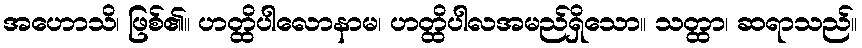
အဟောသိ၊ ဖြစ်၏။ ဟတ္ထိပါလောနာမ၊ ဟတ္ထိပါလအမည်ရှိသော။ သတ္ထာ၊ ဆရာသည်။